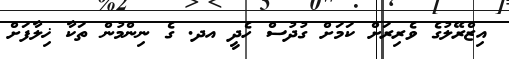
އިޒްރޭލުގެ ވެރިރަށް ކަމަށް ގުދުސް ހެދީ އދ. ގެ ނިންމުން ތަކާ ޚިލާފަށް